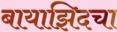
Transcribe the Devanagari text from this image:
बायाझिदचा